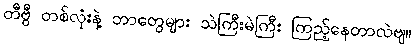
တီဗွီ တစ်လုံးနဲ့ ဘာတွေများ သဲကြီးမဲကြီး ကြည့်နေတာလဲဗျ။